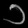
Digit: ၁